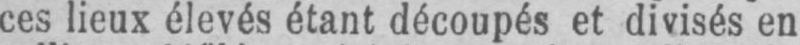
ces lieux élevés étant découpés et divisés en